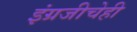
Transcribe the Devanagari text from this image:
इंग्रजीचेही